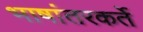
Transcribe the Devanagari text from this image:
भाषांतरकर्ते